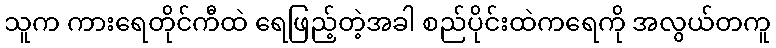
သူက ကားရေတိုင်ကီထဲ ရေဖြည့်တဲ့အခါ စည်ပိုင်းထဲကရေကို အလွယ်တကူ